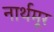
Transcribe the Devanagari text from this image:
नार्थमूर